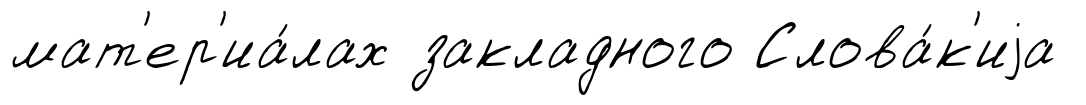
мат'ер'иа́лах закладного Слова́к'иjа